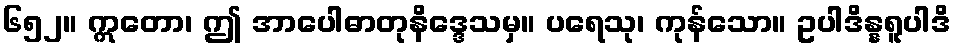
၆၅၂။ ဣတော၊ ဤ အာပေါဓာတုနိဒ္ဒေသမှ။ ပရေသု၊ ကုန်သော။ ဥပါဒိန္နရူပါဒိ